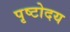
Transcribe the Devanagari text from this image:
पृष्टोदय